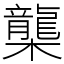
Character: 㰍